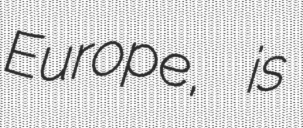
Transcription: Europe, is